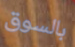
بالسوق